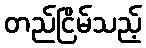
တည်ငြိမ်သည့်